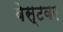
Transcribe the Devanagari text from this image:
बेस्टवर